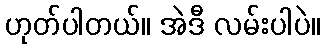
ဟုတ်ပါတယ်။ အဲဒီ လမ်းပါပဲ။